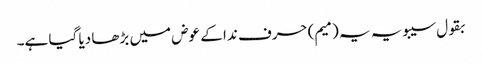
بقول سیبویہ یہ (میم) حرف ندا کے عوض میں بڑھا دیا گیا ہے۔